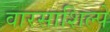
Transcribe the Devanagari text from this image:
वारसाशिल्पे